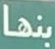
بنها